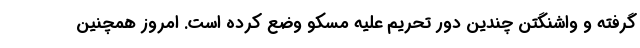
گرفته و واشنگتن چندین دور تحریم علیه مسکو وضع کرده است. امروز همچنین